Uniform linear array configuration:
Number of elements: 64
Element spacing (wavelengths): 1
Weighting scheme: hamming
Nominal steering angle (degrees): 30
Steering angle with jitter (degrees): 28.875
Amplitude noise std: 0.05
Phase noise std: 0.05

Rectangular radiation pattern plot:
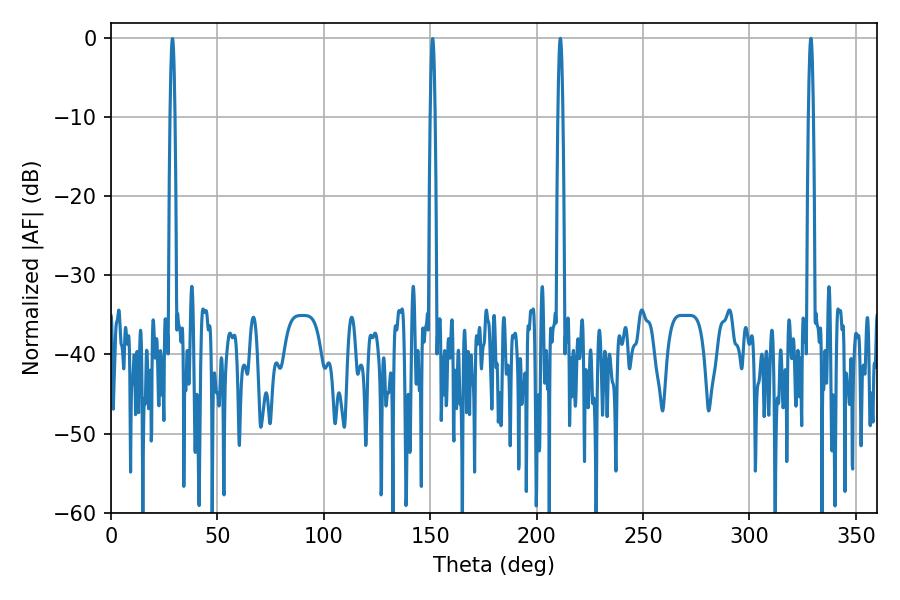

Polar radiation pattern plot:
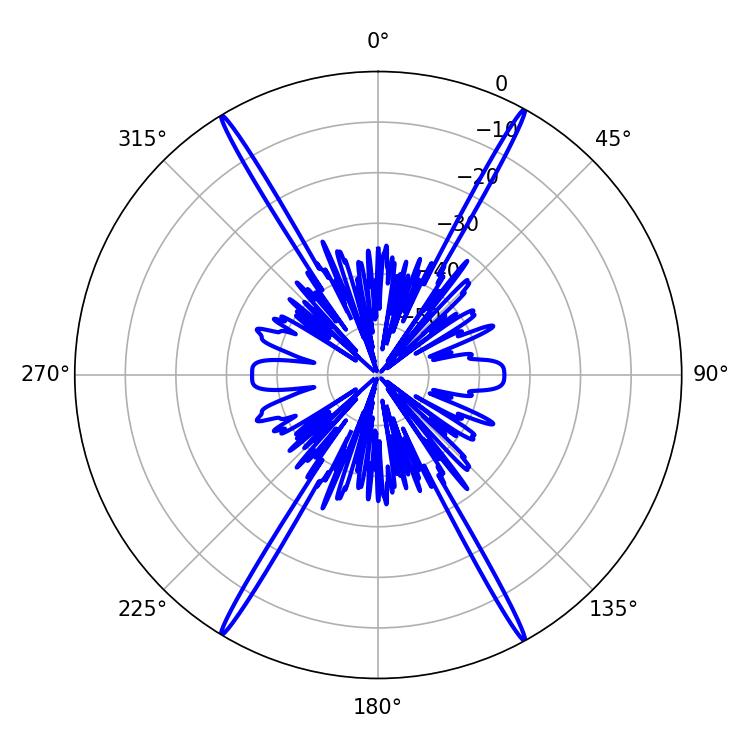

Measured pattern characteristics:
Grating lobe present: TRUE
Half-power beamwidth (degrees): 1.08
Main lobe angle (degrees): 211.14